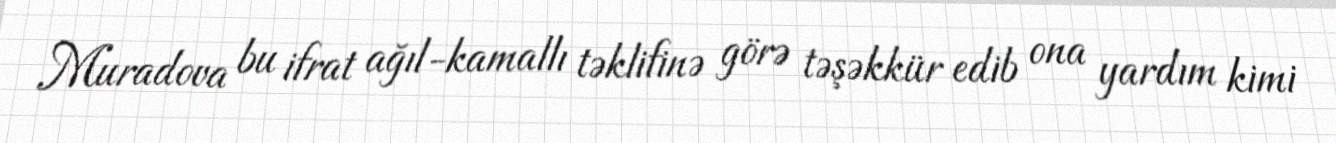
Muradova bu ifrat ağıl-kamallı təklifinə görə təşəkkür edib ona yardım kimi